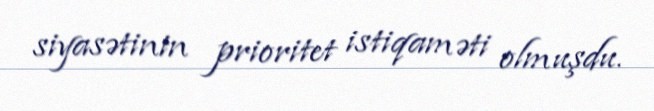
siyasətinin prioritet istiqaməti olmuşdu.